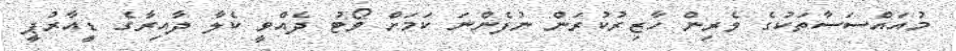
މުއައްސަސާތަކުގެ ވެރިން ހާޒިރުކުރަން ނުފެންނަ ކަމަށް ވޯޓު ދެއްވީ ކެލާ ދާއިރާގެ ޑީއާރުޕީ